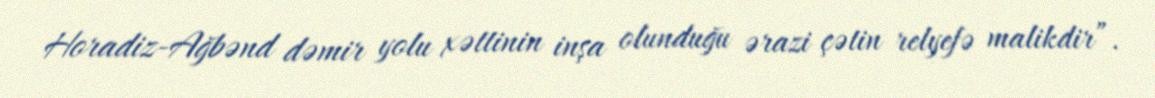
Horadiz-Ağbənd dəmir yolu xəttinin inşa olunduğu ərazi çətin relyefə malikdir”.